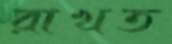
রাখত